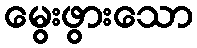
မွေးဖွားသော